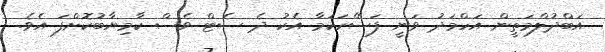
އަބްދުލްމަތީން އަހްމަދު ވަނީ ފަސޭހަކަމާ އެކު ދެ ސެޓް ވެސް ކާމިޔާބުކޮށްފަ އެވެ.